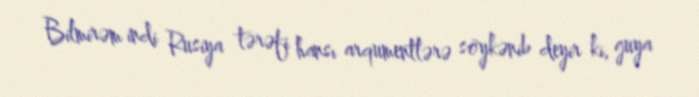
Bilmirəm indi Rusiya tərəfi hansı arqumentlərə söykənib deyir ki, guya